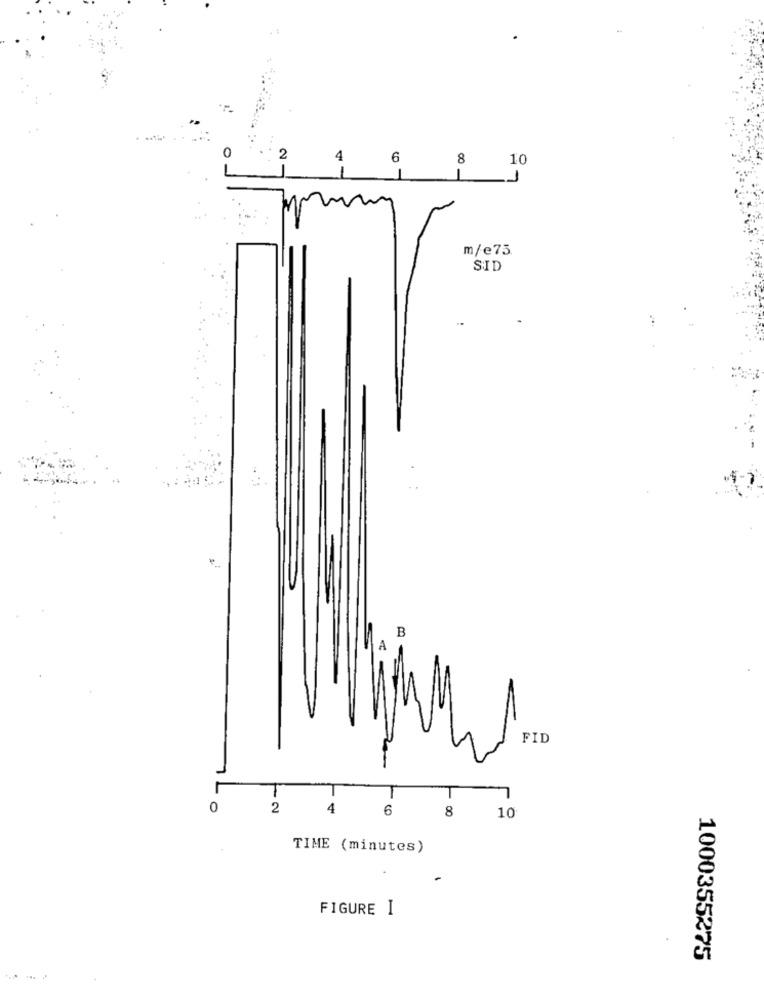
0
4
6
8
10
2-
1
1
1
m/e73.
SID
B
A
FID
0
12
4
6
8
10
TIME (minutes)
FIGURE I
1000355275